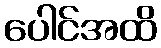
ပေါင်အထိ